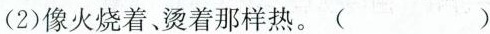
(2)像火烧着、烫着那样热。 ( )